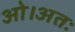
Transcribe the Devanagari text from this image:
ओ।अतः